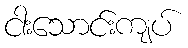
ငါးသောင်းကျပ်